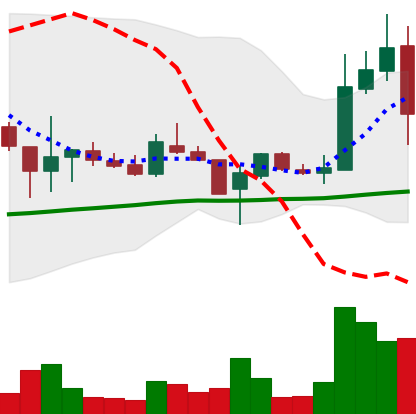
Ticker: LTC-USD
Chart end date: 2017-11-10
Forward return: 7.701%
Label: up_7plus